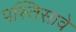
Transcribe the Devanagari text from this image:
पस्तिसावे